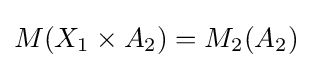
M(X_{1}\times A_{2})=M_{2}(A_{2})